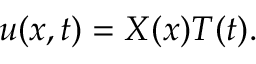
\displaystyle u ( x , t ) = X ( x ) T ( t ) .